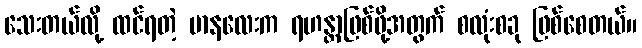
သေးတယ်လို့ ထင်ရတဲ့ မာနလေးက ရဟန္တာဖြစ်ဖို့အတွက် စလုံးစခု ဖြစ်စေတယ်။